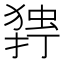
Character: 𰔥